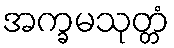
အက္ခမသုတ္တံ